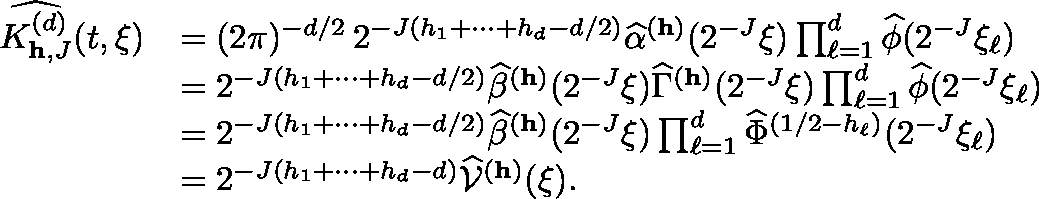
\begin{array} { r l } { \widehat { K _ { \mathbf { h } , J } ^ { ( d ) } } ( t , \xi ) } & { = ( 2 \pi ) ^ { - d / 2 } \, 2 ^ { - J ( h _ { 1 } + \cdots + h _ { d } - d / 2 ) } \widehat { \alpha } ^ { ( \mathbf { h } ) } ( 2 ^ { - J } \mathbf { \xi } ) \prod _ { \ell = 1 } ^ { d } \widehat { \phi } ( 2 ^ { - J } \xi _ { \ell } ) } \\ & { = 2 ^ { - J ( h _ { 1 } + \cdots + h _ { d } - d / 2 ) } \widehat { \beta } ^ { ( \mathbf { h } ) } ( 2 ^ { - J } \mathbf { \xi } ) \widehat { \Gamma } ^ { ( \mathbf { h } ) } ( 2 ^ { - J } \mathbf { \xi } ) \prod _ { \ell = 1 } ^ { d } \widehat { \phi } ( 2 ^ { - J } \xi _ { \ell } ) } \\ & { = 2 ^ { - J ( h _ { 1 } + \cdots + h _ { d } - d / 2 ) } \widehat { \beta } ^ { ( \mathbf { h } ) } ( 2 ^ { - J } \mathbf { \xi } ) \prod _ { \ell = 1 } ^ { d } \widehat { \Phi } ^ { ( 1 / 2 - h _ { \ell } ) } ( 2 ^ { - J } \xi _ { \ell } ) } \\ & { = 2 ^ { - J ( h _ { 1 } + \cdots + h _ { d } - d ) } \widehat { \mathcal { V } } ^ { ( \mathbf { h } ) } ( \mathbf { \xi } ) . } \end{array}